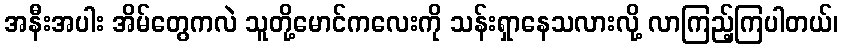
အနီးအပါး အိမ်တွေကလဲ သူတို့မောင်ကလေးကို သန်းရှာနေသလားလို့ လာကြည့်ကြပါတယ်၊